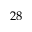
2 8